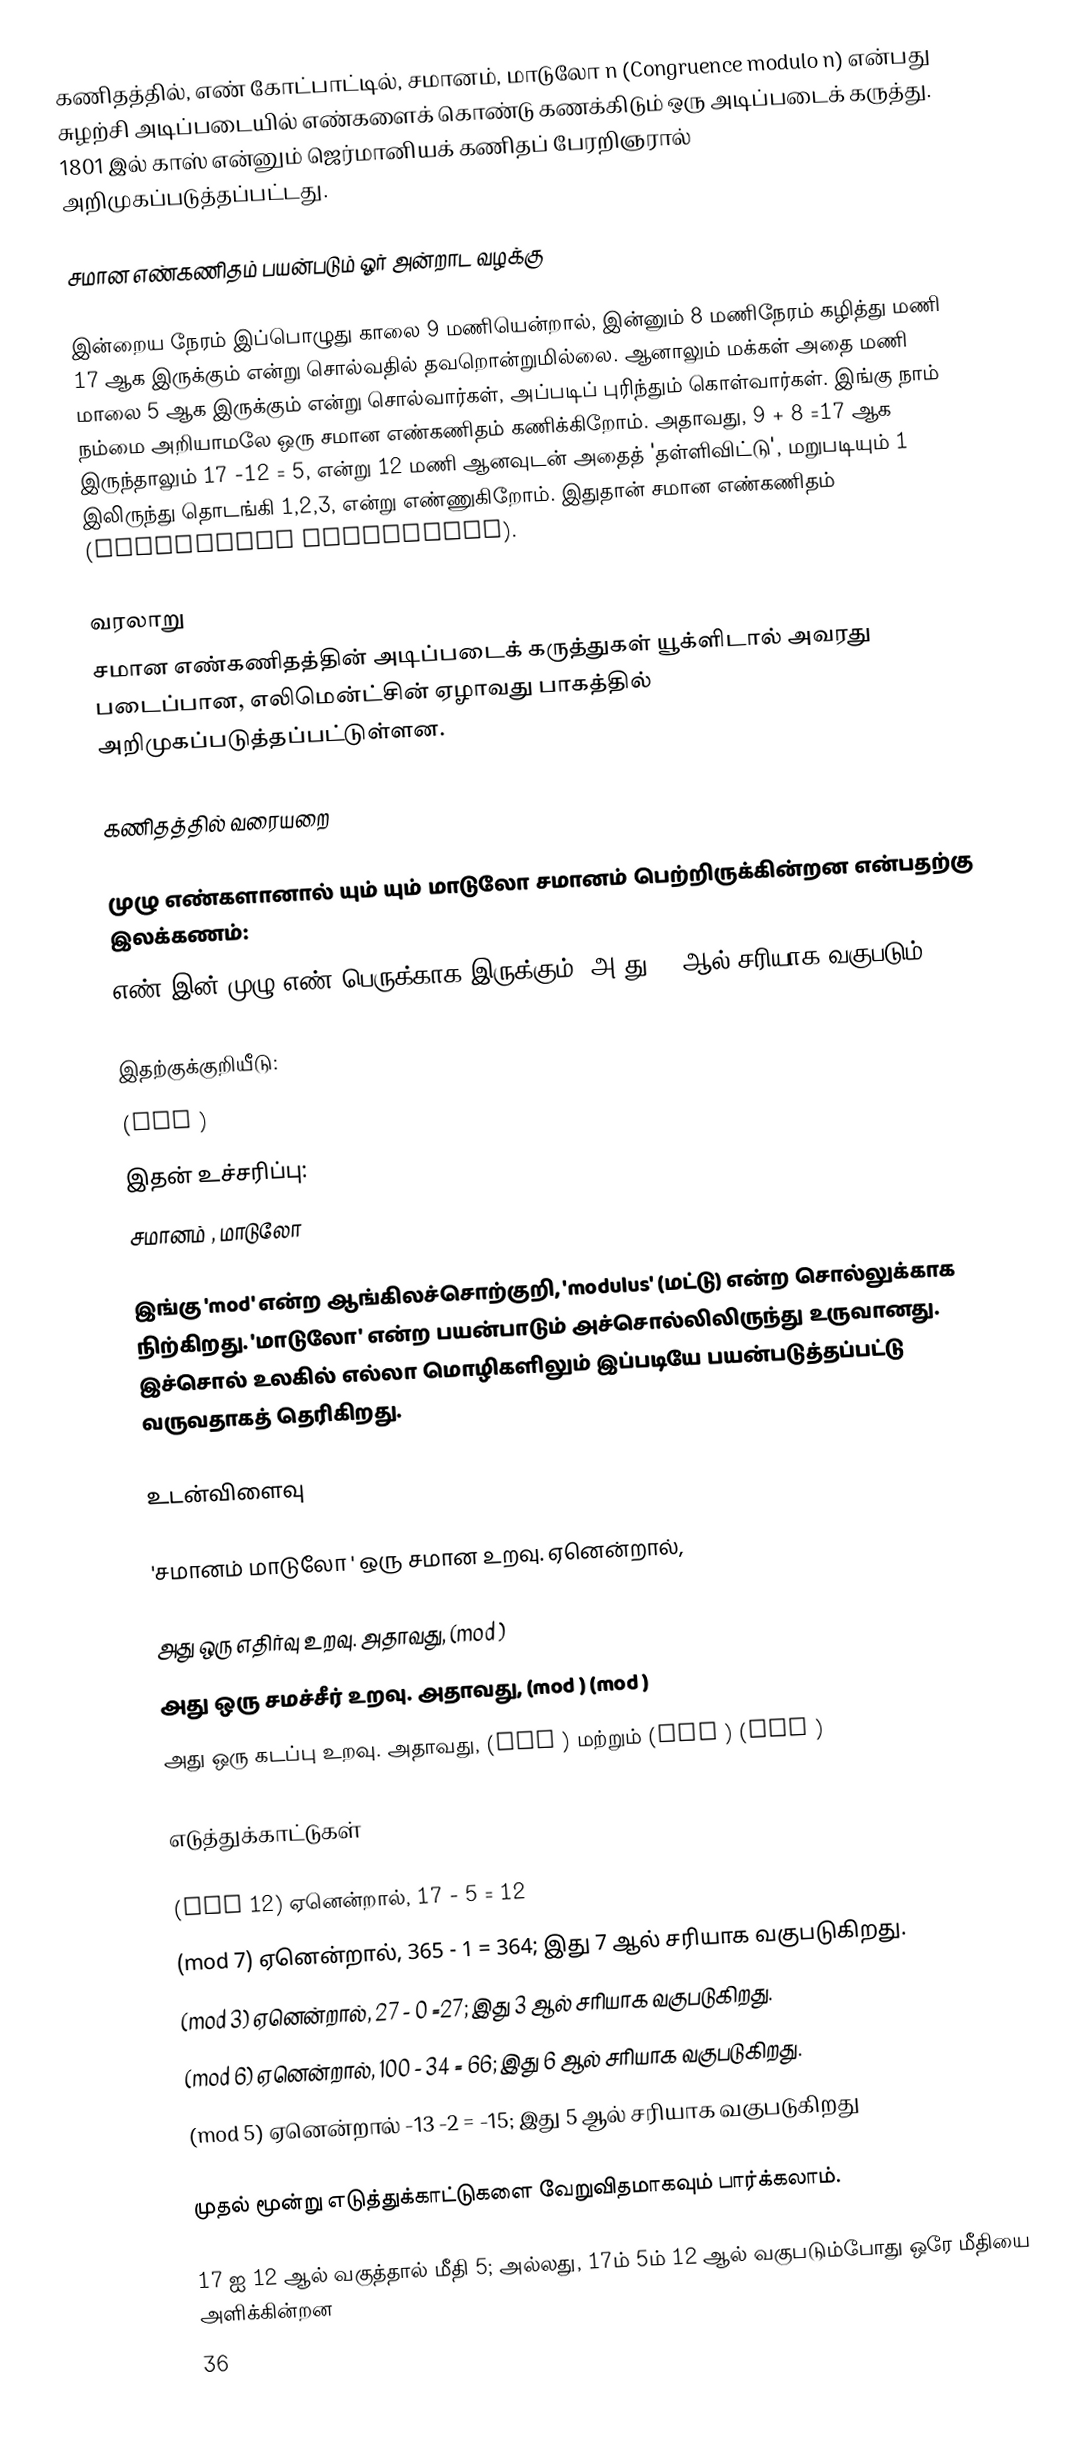
கணிதத்தில், எண் கோட்பாட்டில், சமானம், மாடுலோ n (Congruence modulo n) என்பது சுழற்சி அடிப்படையில் எண்களைக் கொண்டு கணக்கிடும் ஒரு அடிப்படைக் கருத்து. 1801 இல் காஸ் என்னும் ஜெர்மானியக் கணிதப் பேரறிஞரால் அறிமுகப்படுத்தப்பட்டது.

சமான எண்கணிதம் பயன்படும் ஓர் அன்றாட வழக்கு

இன்றைய நேரம் இப்பொழுது காலை 9 மணியென்றால், இன்னும் 8 மணிநேரம் கழித்து மணி 17 ஆக இருக்கும் என்று சொல்வதில் தவறொன்றுமில்லை. ஆனாலும் மக்கள் அதை மணி மாலை 5 ஆக இருக்கும் என்று சொல்வார்கள், அப்படிப் புரிந்தும் கொள்வார்கள். இங்கு நாம் நம்மை அறியாமலே ஒரு சமான எண்கணிதம் கணிக்கிறோம். அதாவது, 9 + 8 =17 ஆக இருந்தாலும் 17 -12 = 5, என்று 12 மணி ஆனவுடன் அதைத் 'தள்ளிவிட்டு', மறுபடியும் 1 இலிருந்து தொடங்கி 1,2,3, என்று எண்ணுகிறோம். இதுதான் சமான எண்கணிதம் (Congruence arithmetic).

வரலாறு
சமான எண்கணிதத்தின் அடிப்படைக் கருத்துகள் யூக்ளிடால் அவரது படைப்பான, எலிமென்ட்சின் ஏழாவது பாகத்தில் அறிமுகப்படுத்தப்பட்டுள்ளன.

கணிதத்தில் வரையறை

 முழு எண்களானால்  யும்  யும்  மாடுலோ சமானம் பெற்றிருக்கின்றன என்பதற்கு இலக்கணம்:
  எண்  இன் முழு எண் பெருக்காக இருக்கும்.(அ-து, n ஆல் சரியாக வகுபடும்)

இதற்குக்குறியீடு:
  (mod )
இதன் உச்சரிப்பு:
  சமானம் , மாடுலோ

இங்கு 'mod' என்ற ஆங்கிலச்சொற்குறி, 'modulus' (மட்டு) என்ற சொல்லுக்காக நிற்கிறது. 'மாடுலோ' என்ற பயன்பாடும் அச்சொல்லிலிருந்து உருவானது. இச்சொல் உலகில் எல்லா மொழிகளிலும் இப்படியே பயன்படுத்தப்பட்டு வருவதாகத் தெரிகிறது.

உடன்விளைவு

'சமானம் மாடுலோ ' ஒரு சமான உறவு. ஏனென்றால்,

 அது ஒரு எதிர்வு உறவு. அதாவது,  (mod )
 அது ஒரு சமச்சீர் உறவு. அதாவது,  (mod )  (mod )
 அது ஒரு கடப்பு உறவு. அதாவது,  (mod ) மற்றும்  (mod )  (mod )

எடுத்துக்காட்டுகள்

  (mod 12) ஏனென்றால், 17 - 5 = 12
  (mod 7) ஏனென்றால், 365 - 1 = 364; இது 7 ஆல் சரியாக வகுபடுகிறது.
 (mod 3) ஏனென்றால், 27 - 0 =27; இது 3 ஆல் சரியாக வகுபடுகிறது.
  (mod 6) ஏனென்றால், 100 - 34 = 66; இது 6 ஆல் சரியாக வகுபடுகிறது.
  (mod 5) ஏனென்றால் -13 -2 = -15; இது 5 ஆல் சரியாக வகுபடுகிறது

முதல் மூன்று எடுத்துக்காட்டுகளை வேறுவிதமாகவும் பார்க்கலாம்.

17 ஐ 12 ஆல் வகுத்தால் மீதி 5; அல்லது, 17ம் 5ம் 12 ஆல் வகுபடும்போது ஒரே மீதியை அளிக்கின்றன
36